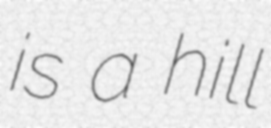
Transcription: is a hill